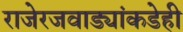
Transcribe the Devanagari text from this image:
राजेरजवाड्यांकडेही